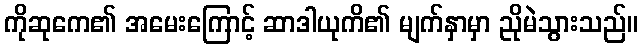
ကိုဆုကေ၏ အမေးကြောင့် ဆာဒါယုကိ၏ မျက်နှာမှာ ညိုမဲသွားသည်။